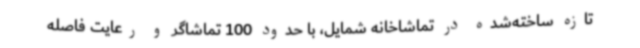
تازه ساخته‌شده در تماشاخانه شمایل، با حدود 100 تماشاگر و رعایت فاصله